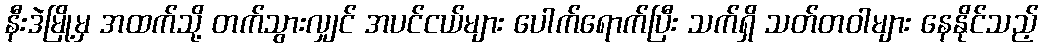
နီးဒဲမြို့မှ အထက်သို့ တက်သွားလျှင် အပင်ငယ်များ ပေါက်ရောက်ပြီး သက်ရှိ သတ်တဝါများ နေနိုင်သည့်